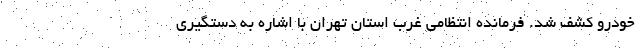
خودرو کشف شد. فرمانده انتظامی غرب استان تهران با اشاره به دستگیری